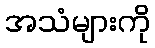
အသံများကို